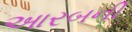
આરબની